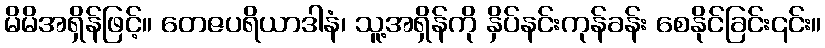
မိမိအရှိန်ဖြင့်။ တေဇပရိယာဒါနံ၊ သူ့အရှိန်ကို နှိပ်နင်းကုန်ခန်း စေနိုင်ခြင်း၎င်း။